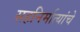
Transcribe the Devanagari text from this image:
सहनिर्मात्यांचे